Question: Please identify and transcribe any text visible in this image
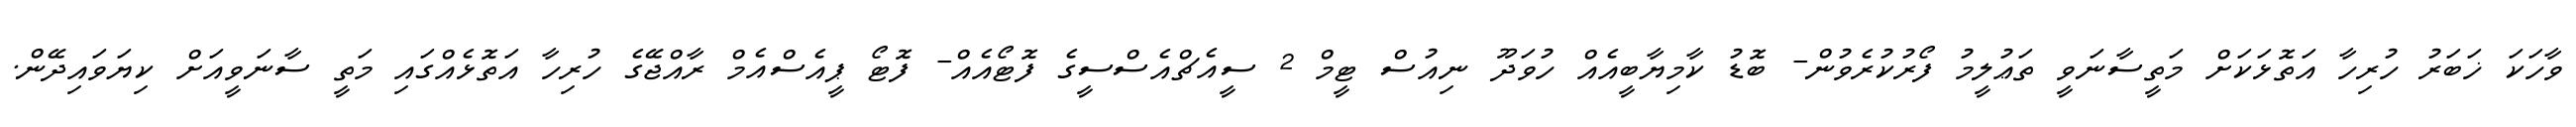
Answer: ވާހަކަ ޚަބަރު ހުރިހާ އަތޮޅަކަށް މަތީސާނަވީ ތަޢުލީމު ފޯރުކުރެވުން- ބޮޑު ކާމިޔާބީއެއް ހުވަދޫ ނިއުސް ޓީމް 2 ސީއެޗްއެސްސީގެ ފޮޓޯއެއް- ފޮޓޯ ޕީއެސްއެމް ރާއްޖޭގެ ހުރިހާ އަތޮޅެއްގައި މަތީ ސާނަވީއަށް ކިޔަވައިދޭން.